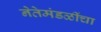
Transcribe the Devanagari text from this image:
नेतेमंडळींचा